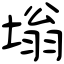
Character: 塕